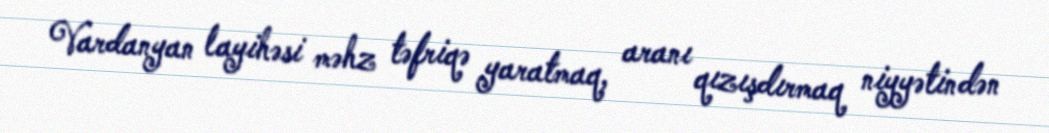
Vardanyan layihəsi məhz təfriqə yaratmaq, aranı qızışdırmaq niyyətindən